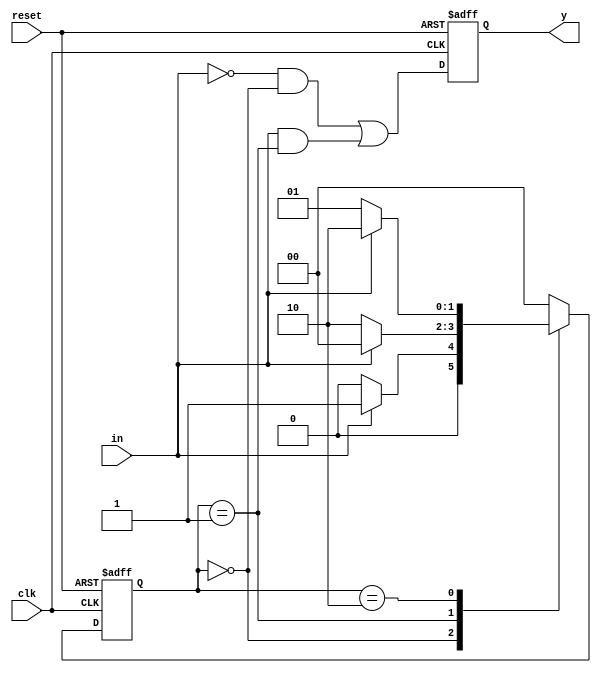
`timescale 1ns / 1ps

module divisibility_by_3(output reg y, input clk, reset, in);
  reg [1:0]next_state = 0;
  reg [1:0]state = 0;
  
  parameter s0 = 2'b00, s1 = 2'b01, s2 = 2'b10;
  
  //present state block
  always @(posedge clk or posedge reset)
    begin
      if(reset)
      	state <= s0;
      else
        state <= next_state;
    end
  
  //next state and output block
  always @(*)
    begin 
      case(state)
        s0: next_state <= in ? s1 : s0;
        s1: next_state <= in ? s0 : s2;
        s2: next_state <= in ? s2 : s1;
        default: next_state <= s0;
      endcase
    end
  
  //output block
  always @(posedge clk or posedge reset)
    begin
      if(reset)
      	y <= 1'b0;
      else
        y <= (~in && (state == s0)) || (in && (state == s1));
    end  
endmodule